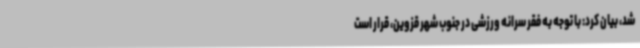
شد، بیان کرد: با توجه به فقر سرانه ورزشی در جنوب شهر قزوین، قرار است